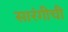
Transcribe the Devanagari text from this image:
सारंगीची